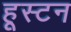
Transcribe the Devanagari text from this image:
हूस्टन